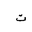
Letter: _ta